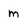
Character: m